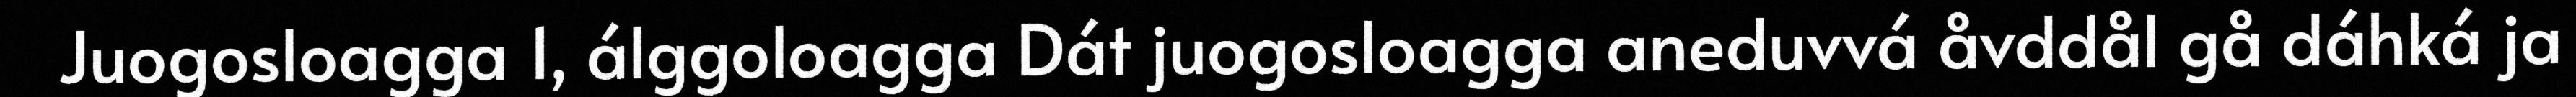
Juogosloagga 1, álggoloagga Dát juogosloagga aneduvvá åvddål gå dáhká ja